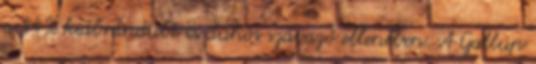
a 44% kiábrándult és dühös szavazó ellenében. A Gallup